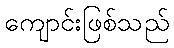
ကျောင်းဖြစ်သည်